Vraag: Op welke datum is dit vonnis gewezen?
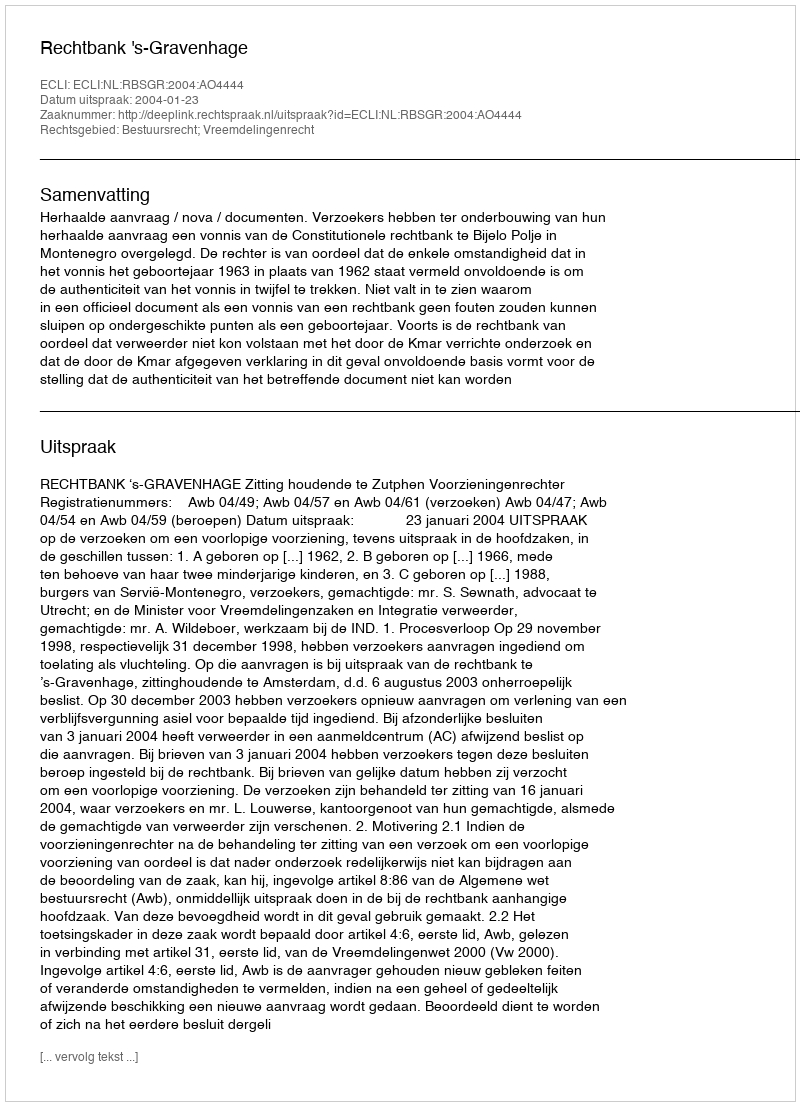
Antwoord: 2004-01-23